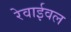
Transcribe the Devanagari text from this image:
रेवाईवल